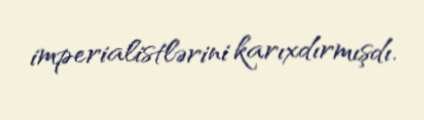
imperialistlərini karıxdırmışdı.